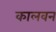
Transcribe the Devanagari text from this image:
कालवन